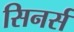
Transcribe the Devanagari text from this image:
सिनर्स